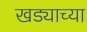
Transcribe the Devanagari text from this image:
खड्याच्या